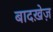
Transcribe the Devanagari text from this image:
बादख़ेज़